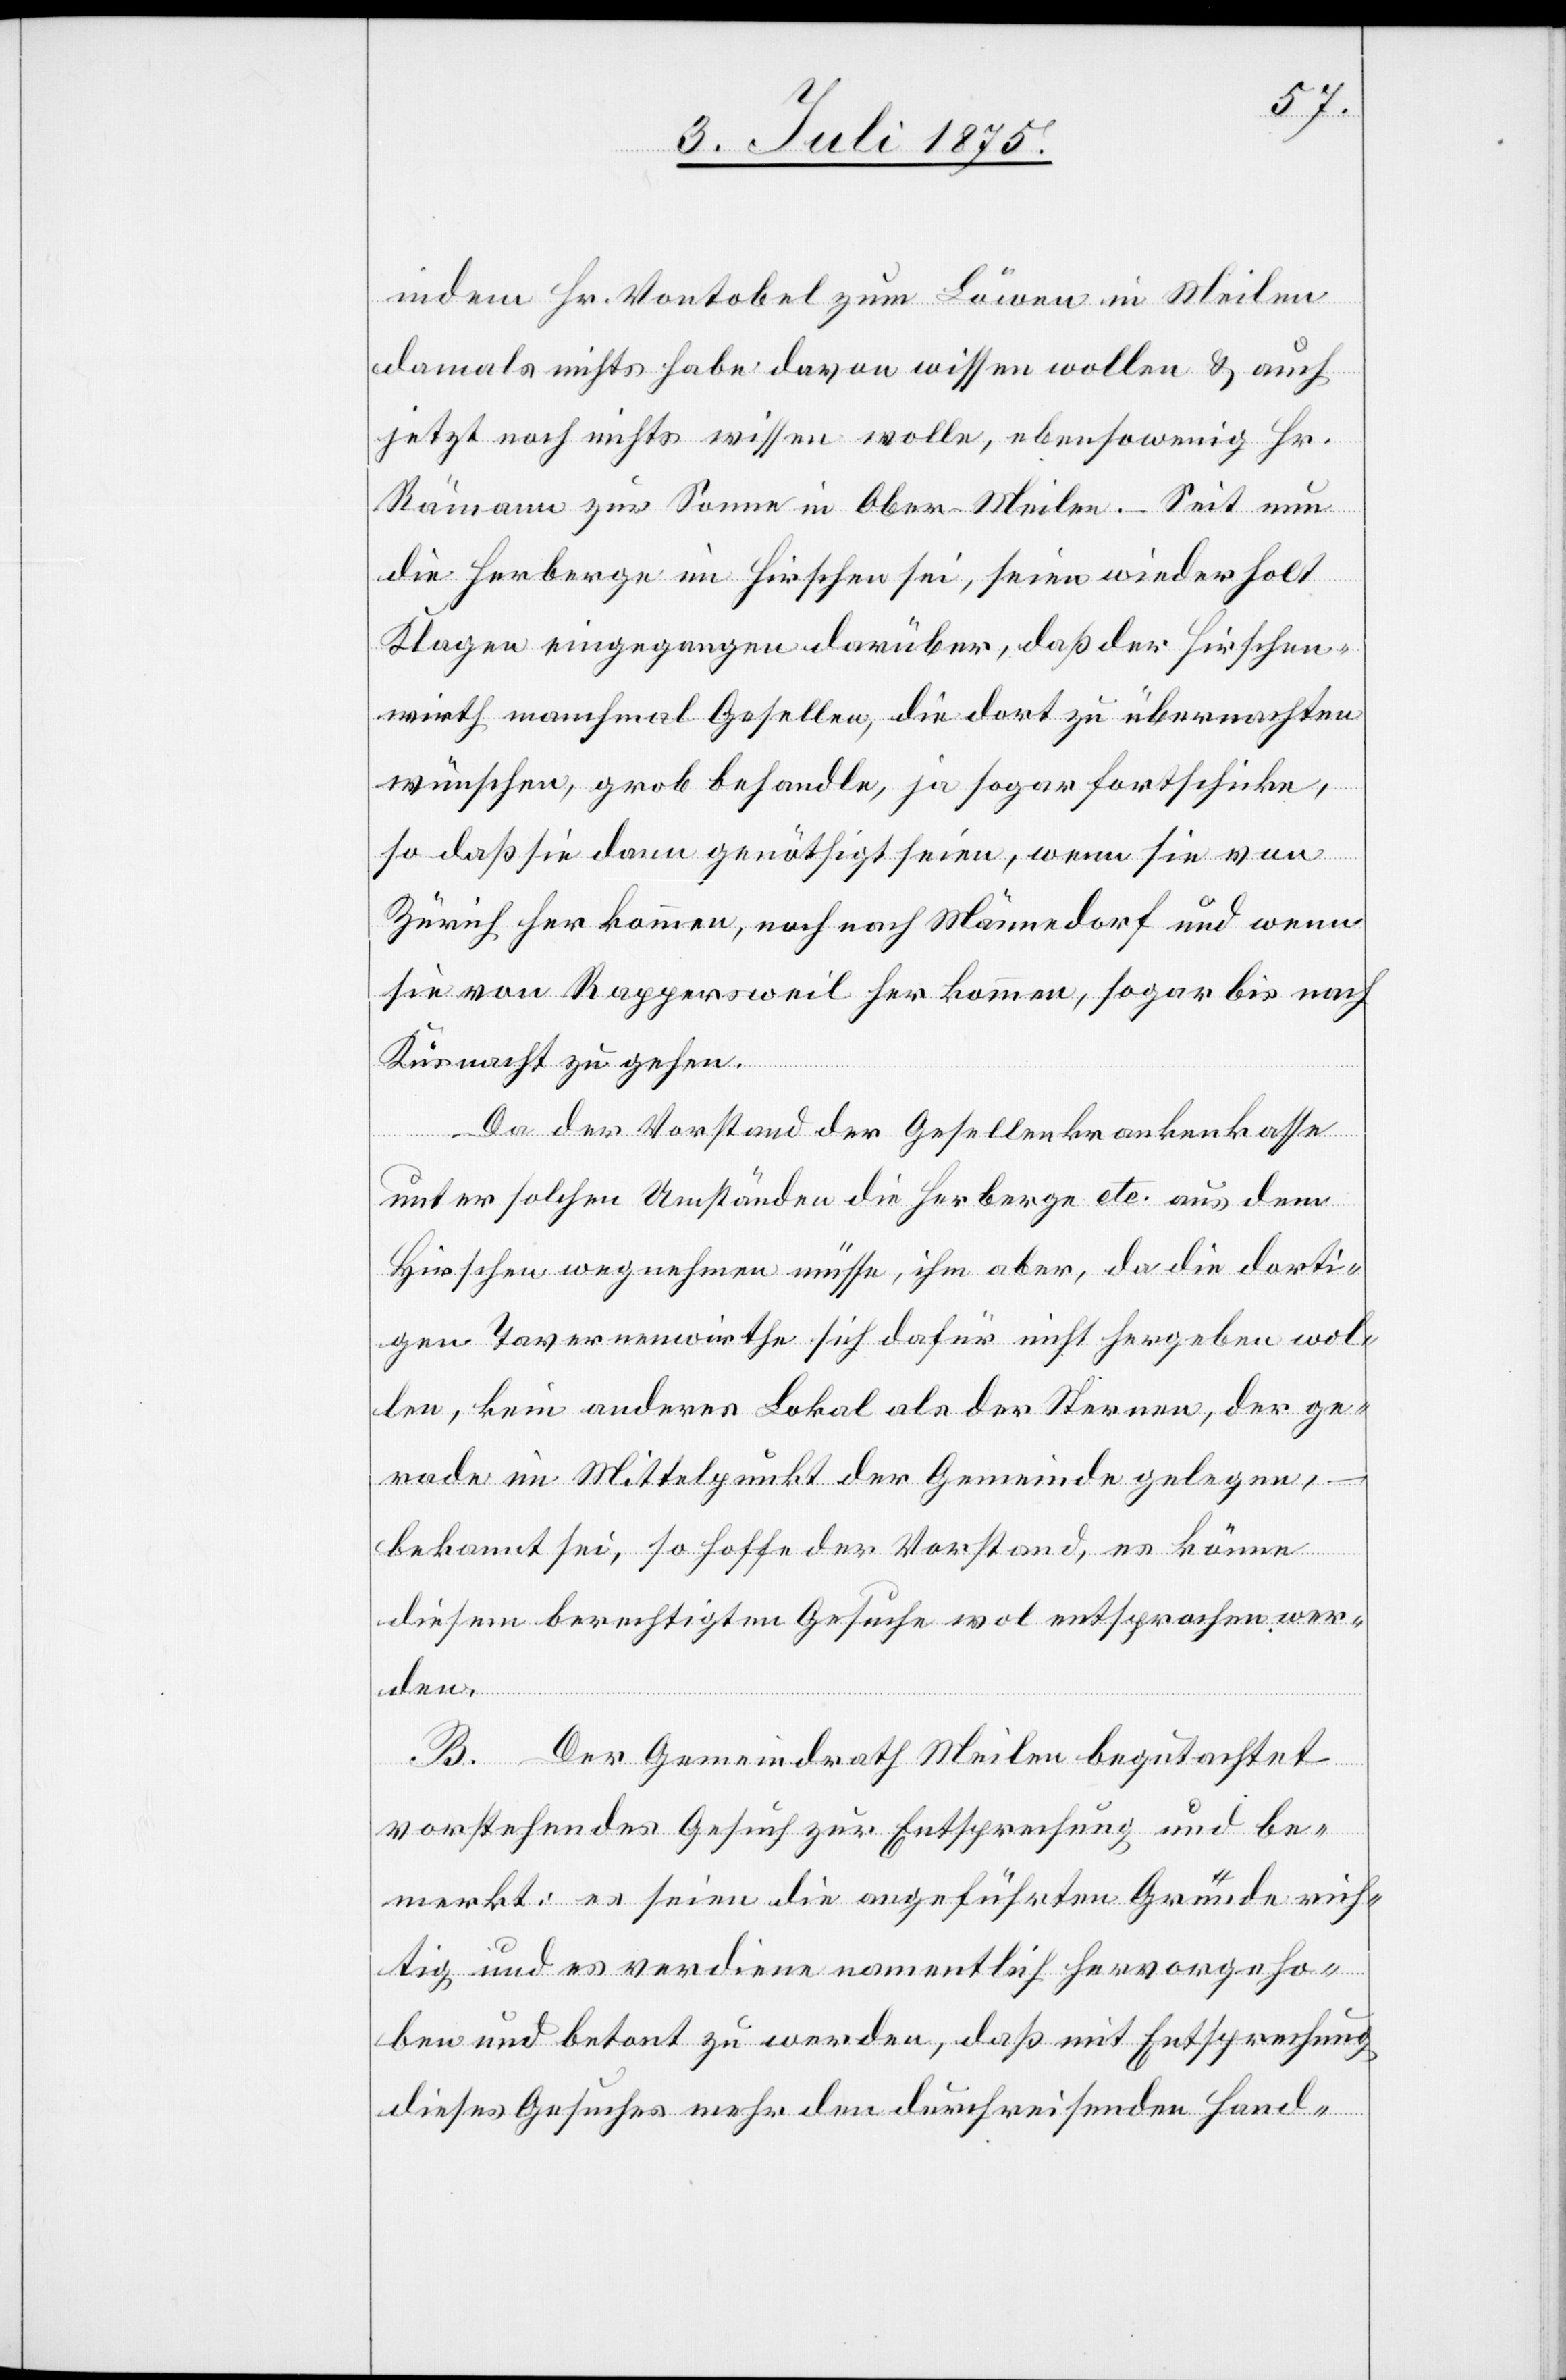
indem Hr. Vontobel zum Löwen in Meilen
damals nichts habe davon wissen wollen & auch
jetzt noch nichts wissen wolle, ebensowenig Hr.
Rämann zur Sonne in Ober-Meilen. – Seit nun
die Herberge im Hirschen sei, seien wiederholt
Klagen eingegangen darüber, daß der Hirschen¬
wirth manchmal Gesellen, die dort zu übernachten
wünschen, grob behandle, ja sogar fortschicke,
so daß sie dann genöthigt seien, wenn sie von
Zürich her kommen, noch nach Männedorf und wenn
sie von Rappersweil her kommen, sogar bis nach
Küsnacht zu gehen.
Da der Vorstand der Gesellenkrankenkasse
unter solchen Umständen die Herberge etc. aus dem
Hirschen wegnehmen müsse, ihm aber, da die dorti¬
gen Tavernenwirthe sich dafür nicht hergeben wol¬
len, kein anderes Lokal als der Sternen, der ge¬
rade im Mittelpunkt der Gemeinde gelegen,
–
bekannt sei, so hoffe der Vorstand, es könne
diesem berechtigten Gesuche wol entsprochen wer¬
den.
B. Der Gemeindrath Meilen begutachtet
vorstehendes Gesuch zur Entsprechung und be¬
merkt: es seien die angeführten Gründe rich¬
tig und es verdiene namentlich hervorgeho¬
ben und betont zu werden, daß mit Entsprechung
dieses Gesuches mehr den durchreisenden Hand-